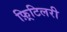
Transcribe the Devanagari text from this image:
फ़्रिटिलरी